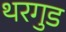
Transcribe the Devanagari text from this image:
थरगुड